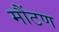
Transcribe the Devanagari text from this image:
मौंटण